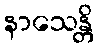
နာသေန္တိ